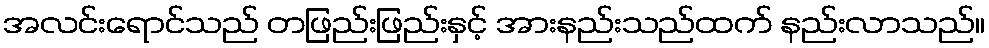
အလင်းရောင်သည် တဖြည်းဖြည်းနှင့် အားနည်းသည်ထက် နည်းလာသည်။